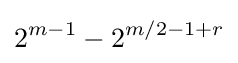
2^{m-1}-2^{m/2-1+r}